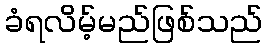
ခံရလိမ့်မည်ဖြစ်သည်